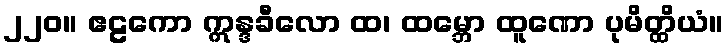
၂၂၀။ ဧဠကော ဣန္ဒခီလော ထ၊ ထမ္ဘော ထူဏော ပုမိတ္ထိယံ။